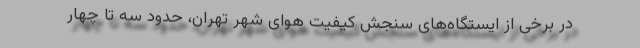
در برخی از ایستگاه‌های سنجش کیفیت هوای شهر تهران، حدود سه تا چهار